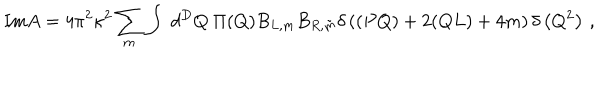
\mathrm { I m } A = 4 \pi ^ { 2 } \kappa ^ { 2 } \sum _ { m } \int ~ d ^ { D } Q ~ \Pi ( Q ) B _ { L , m } B _ { R , \tilde { m } } \delta \left( ( P Q ) + 2 ( Q L ) + 4 m \right) \delta \left( Q ^ { 2 } \right) \, ,